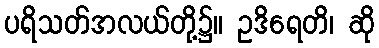
ပရိသတ်အလယ်တို့၌။ ဥဒိရေတိ၊ ဆို